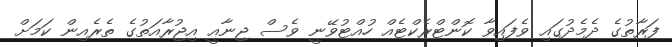
ފަރާތުގެ ދެމެދުގައި ވެފައިވާ ކޮންޓްރެކްޓެއް ހުއްޓުވޭނީ ވެސް ޖިނާއީ އިޖުރާއަތުގެ ތެރެއިން ކަމަށް